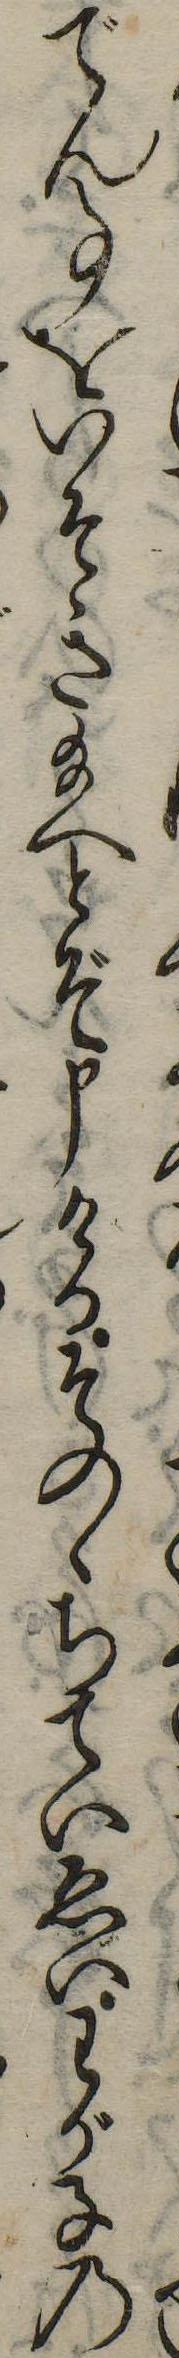
でん事をいそき給へとぞ申けるそのゝちていゑいわが子の